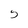
Character: 5